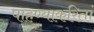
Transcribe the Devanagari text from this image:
पाहण्याकरितां